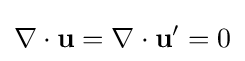
\nabla \cdot \mathbf {u} =\nabla \cdot \mathbf {u} '=0